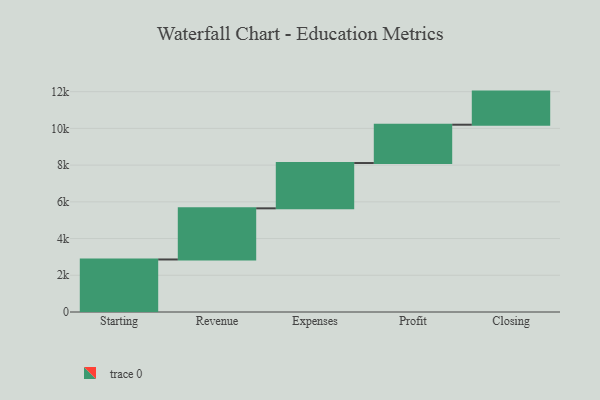
{"axis": {"x": "Step", "y": "Value"}, "legend": [""], "data": [{"x": "Starting", "y": 2861.0, "type": ""}, {"x": "Revenue", "y": 2785.0, "type": ""}, {"x": "Expenses", "y": 2467.0, "type": ""}, {"x": "Profit", "y": 2087.0, "type": ""}, {"x": "Closing", "y": 1803.0, "type": ""}]}